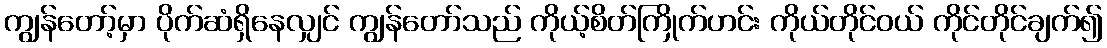
ကျွန်တော့်မှာ ပိုက်ဆံရှိနေလျှင် ကျွန်တော်သည် ကိုယ့်စိတ်ကြိုက်ဟင်း ကိုယ်တိုင်ဝယ် ကိုင်တိုင်ချက်၍